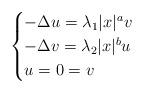
LaTeX: \begin{align*}\begin{cases}-\Delta u=\lambda_1 |x|^av&\\-\Delta v=\lambda_2 |x|^bu&\\u=0=v&\end{cases}\end{align*}